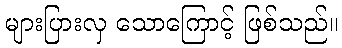
များပြားလှ သောကြောင့် ဖြစ်သည်။